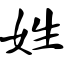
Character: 姓